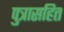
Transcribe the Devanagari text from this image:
पुत्रासहित